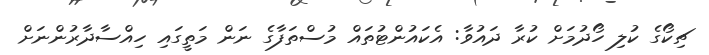
ޗިކޯގެ ކުލި ހޯދުމަށް ކުރާ ދައުވާ: އެކައުންޓުތައް މުސްތަފާގެ ނަން މަތީގައި ހިއްސާދާރުންނަށް